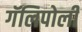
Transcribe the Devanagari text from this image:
गॅलिपोली